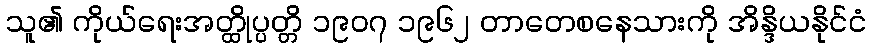
သူ၏ ကိုယ်ရေးအတ္ထိုပ္ပတ္တိ ၁၉၀၇ ၁၉၆၂ တာတေစနေသားကို အိန္ဒိယနိုင်ငံ